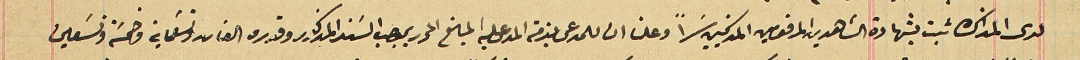
لدى المذاكرة ثبت بشهادة الشاهدين المرقومين المذكيين سراً وعلنا ان للمدعى بذمة المدعى عليه المبلغ المحرر بموجب السَند المذكور وقدره الفان وتسعماية وخمسَة وتسَعين